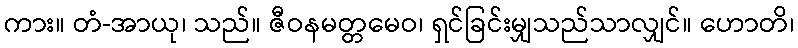
ကား။ တံ-အာယု၊ သည်။ ဇီဝနမတ္တမေဝ၊ ရှင်ခြင်းမျှသည်သာလျှင်။ ဟောတိ၊